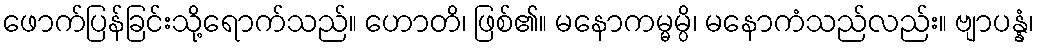
ဖောက်ပြန်ခြင်းသို့ရောက်သည်။ ဟောတိ၊ ဖြစ်၏။ မနောကမ္မမ္ပိ၊ မနောကံသည်လည်း။ ဗျာပန္နံ၊